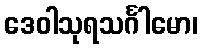
ဒေဝါသုရသင်္ဂါမော၊